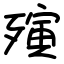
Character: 殥